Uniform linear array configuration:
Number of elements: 64
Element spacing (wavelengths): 0.75
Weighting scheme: binomial
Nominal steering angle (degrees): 60
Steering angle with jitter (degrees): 60.263
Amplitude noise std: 0.05
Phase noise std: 0.05

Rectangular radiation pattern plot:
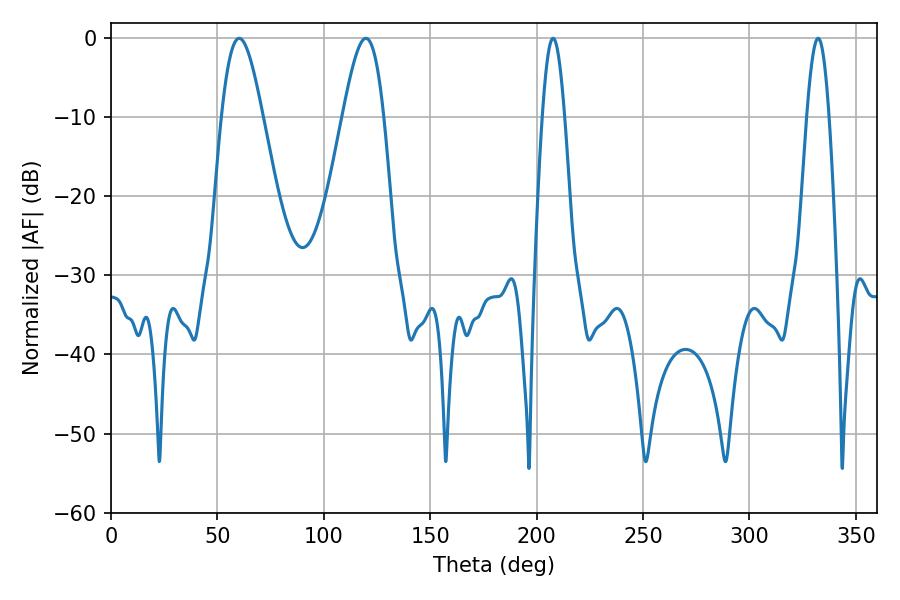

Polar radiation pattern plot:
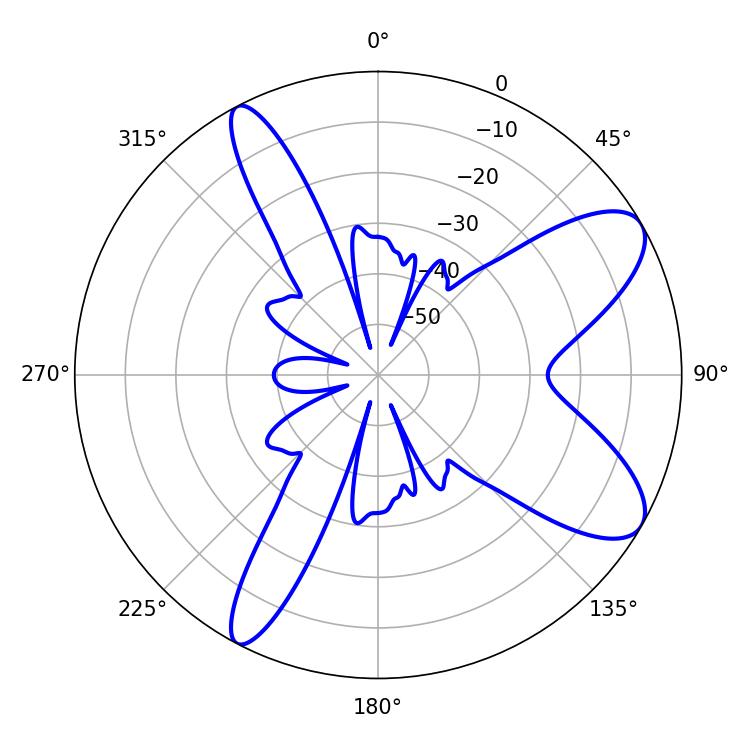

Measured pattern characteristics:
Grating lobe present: TRUE
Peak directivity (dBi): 9.08
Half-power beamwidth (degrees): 5.58
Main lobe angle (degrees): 207.72